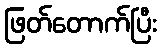
ဖြတ်တောက်ပြီး